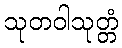
သုတဝါသုတ္တံ